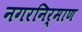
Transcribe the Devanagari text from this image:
नगरनिर्माण